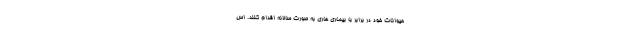
حیوانات خود در برابر با بیماری هاری به صورت سالانه اقدام کنند. اس